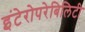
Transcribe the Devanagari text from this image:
इंटेरोपरेबिलिटी